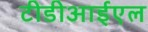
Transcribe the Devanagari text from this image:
टीडीआईएल